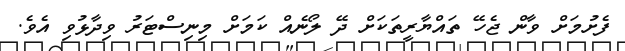
ފެށުމަށް ވާން ޖެހޭ ތައްޔާރީތަކަށް ދޭ ލޯނެއް ކަމަށް މިނިސްޓަރު ވިދާޅުވި އެވެ.